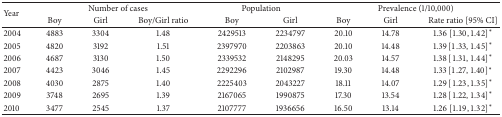
| <ROWSPAN=2> Year | <COLSPAN=3> Number of cases | <COLSPAN=2> Population | <COLSPAN=3> Prevalence (1/10,000) |
 | Boy | Girl | Boy/Girl ratio | Boy | Girl | Boy | Girl | Rate ratio [95% CI] |
 | --- | --- | --- | --- | --- | --- | --- | --- | --- |
 | 2004 | 4883 | 3304 | 1.48 | 2429513 | 2234797 | 20.10 | 14.78 | 1.36 [1.30,1.42]∗ |
 | 2005 | 4820 | 3192 | 1.51 | 2397970 | 2203863 | 20.10 | 14.48 | 1.39 [1.33,1.45]∗ |
 | 2006 | 4687 | 3130 | 1.50 | 2339532 | 2148295 | 20.03 | 14.57 | 1.38 [1.31,1.44]∗ |
 | 2007 | 4423 | 3046 | 1.45 | 2292296 | 2102987 | 19.30 | 14.48 | 1.33 [1.27,1.40]∗ |
 | 2008 | 4030 | 2875 | 1.40 | 2225403 | 2043227 | 18.11 | 14.07 | 1.29 [1.23,1.35]∗ |
 | 2009 | 3748 | 2695 | 1.39 | 2167065 | 1990875 | 17.30 | 13.54 | 1.28 [1.22,1.34]∗ |
 | 2010 | 3477 | 2545 | 1.37 | 2107777 | 1936656 | 16.50 | 13.14 | 1.26 [1.19,1.32]∗ |